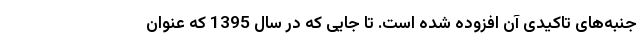
جنبه‌های تاکیدی آن افزوده شده است. تا جایی که در سال 1395 که عنوان